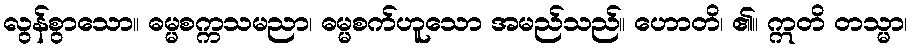
လွန်စွာသော။ ဓမ္မစက္ကသမညာ၊ ဓမ္မစက်ဟူသော အမည်သည်။ ဟောတိ၊ ၏။ ဣတိ တသ္မာ၊